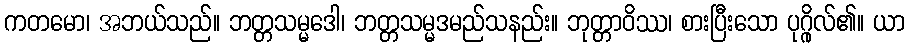
ကတမော၊ အဘယ်သည်။ ဘတ္တသမ္မဒေါ၊ ဘတ္တသမ္မဒမည်သနည်း။ ဘုတ္တာဝိဿ၊ စားပြီးသော ပုဂ္ဂိုလ်၏။ ယာ